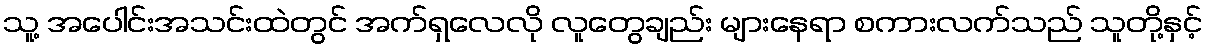
သူ့ အပေါင်းအသင်းထဲတွင် အက်ရှလေလို လူတွေချည်း များနေရာ စကားလက်သည် သူတို့နှင့်